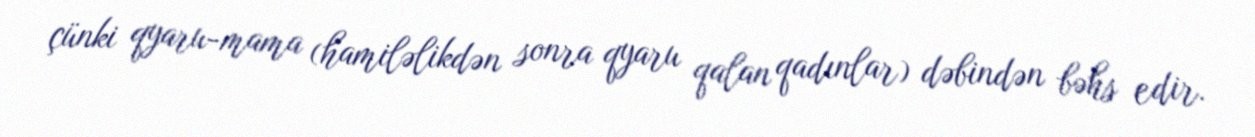
çünki qyaru-mama (hamiləlikdən sonra qyaru qalan qadınlar) dəbindən bəhs edir.